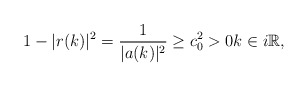
\begin{align*}1-|r(k)|^2=\frac{1}{|a(k)|^2} \geq c_{0}^2>0 k \in i \mathbb{R},\end{align*}